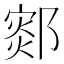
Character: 𰻻